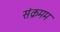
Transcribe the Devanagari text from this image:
संक्रमम